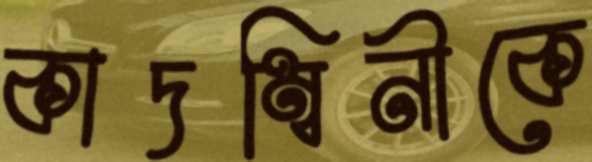
কাদম্বিনীকে